Vabadussoja_Ajaloo_Komitee, lk 95
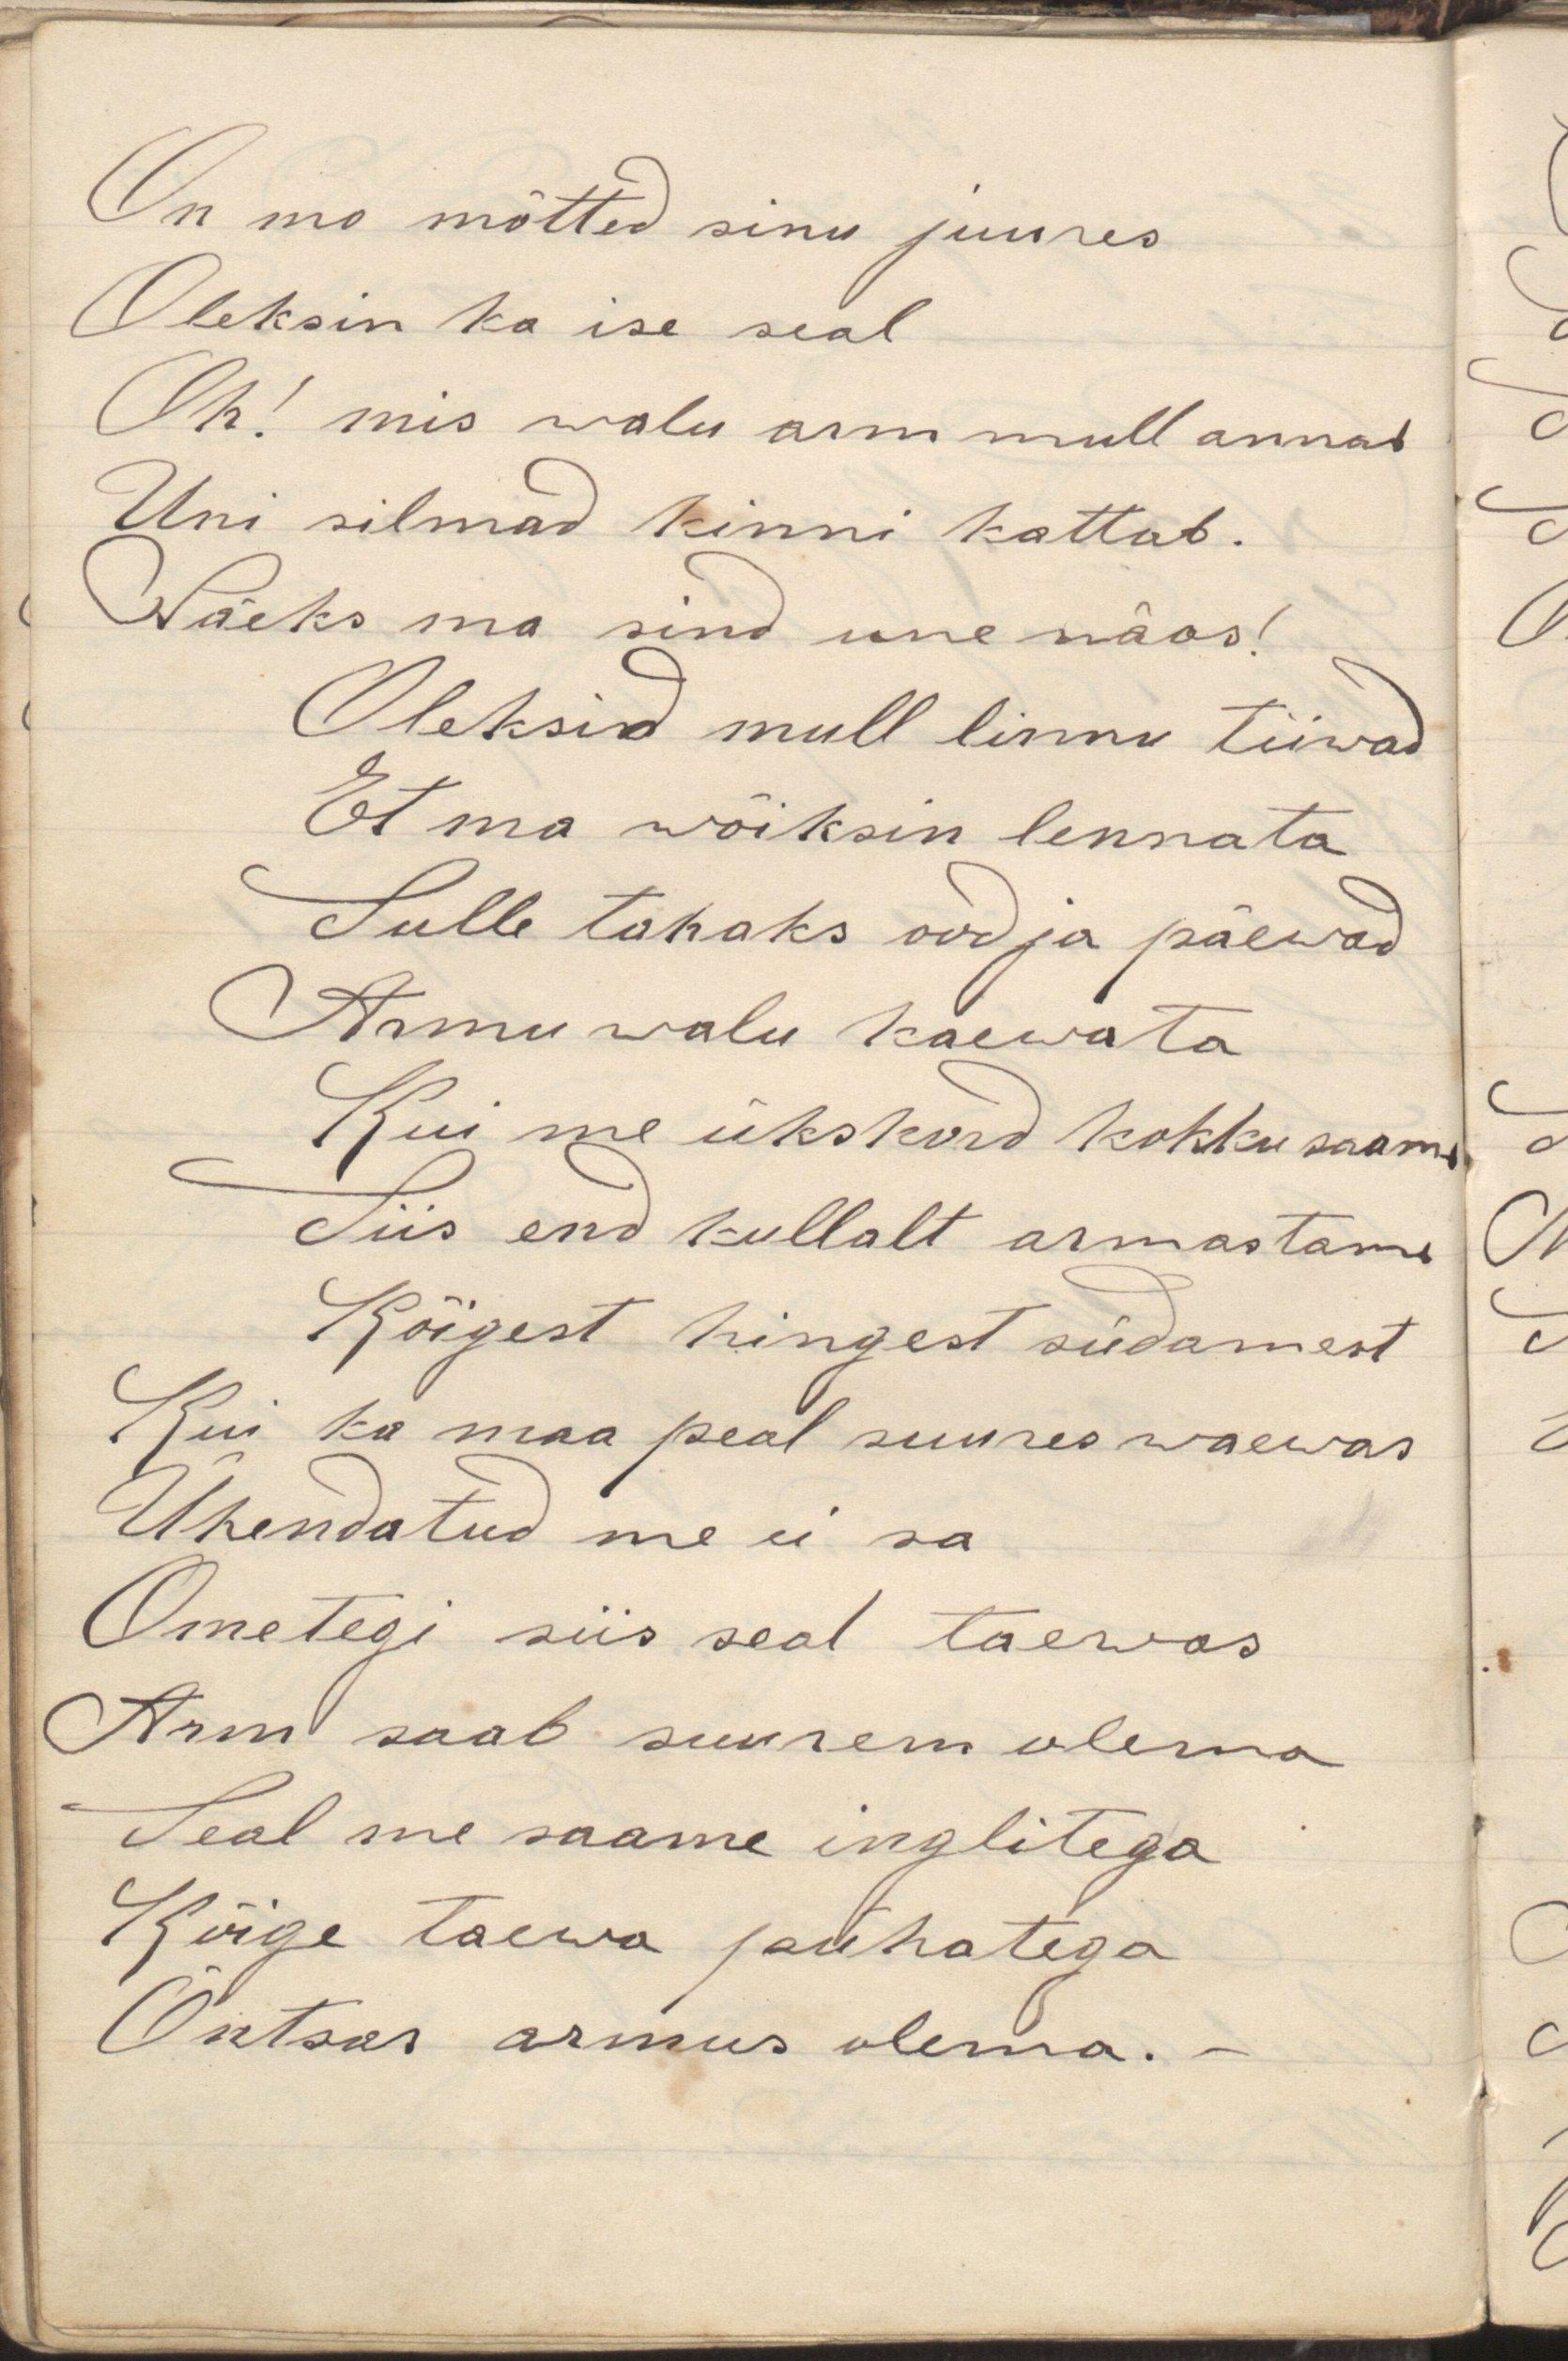
On mo mõtted sinu juures
Oleksin ka ise seal
Oh! mis walu arm mull annad
Uni silmad kinni kattab.
Näeks ma sind une näos!
Oleksid mull linnu tiiwad
Et ma wõiksin lennata
Sulle tahaks ood ja päewad
Armu walu kaewata
Kui me ükskord kokku saame
Siis end kullalt armastame
Kõigest hingest südamest
Kui ka maa peal suures waewas
Ühendatud me ei sa
Ometigi siis seal taewas
Arm saab suurem olema
Seal me saame inglitega
Kõige taewa pühatega
Õntsas armus olema.